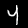
Digit: 4